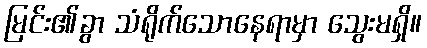
မြင်း၏ခွာ သံရိုက်သောနေရာမှာ သွေးမရှိ။